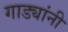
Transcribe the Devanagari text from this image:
गाड्यांनी